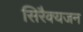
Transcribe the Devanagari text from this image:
सिरैक्यजन